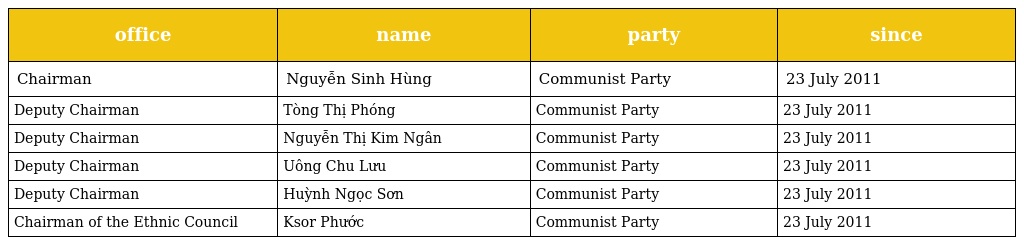
| office | name | party | since |
 | --- | --- | --- | --- |
 | Chairman | Nguyễn Sinh Hùng | Communist Party | 23 July 2011 |
 | Deputy Chairman | Tòng Thị Phóng | Communist Party | 23 July 2011 |
 | Deputy Chairman | Nguyễn Thị Kim Ngân | Communist Party | 23 July 2011 |
 | Deputy Chairman | Uông Chu Lưu | Communist Party | 23 July 2011 |
 | Deputy Chairman | Huỳnh Ngọc Sơn | Communist Party | 23 July 2011 |
 | Chairman of the Ethnic Council | Ksor Phước | Communist Party | 23 July 2011 |